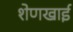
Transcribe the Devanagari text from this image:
शेणखाई